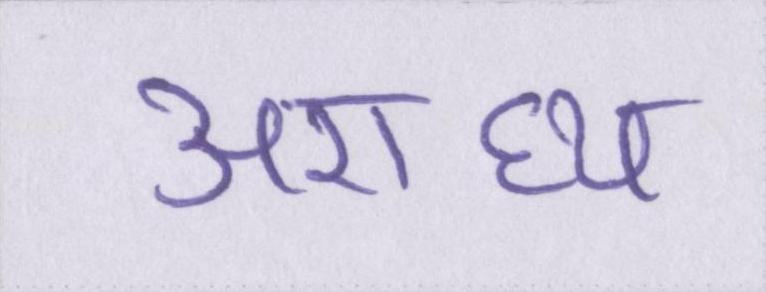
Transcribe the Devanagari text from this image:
अराध्य